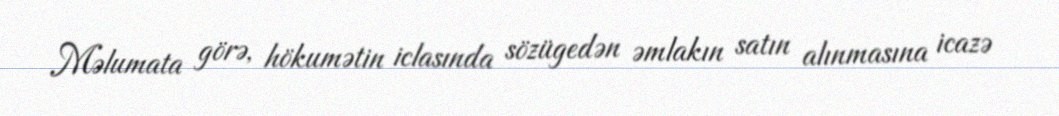
Məlumata görə, hökumətin iclasında sözügedən əmlakın satın alınmasına icazə